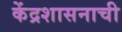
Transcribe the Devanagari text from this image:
केंद्रशासनाची